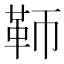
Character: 𩉰